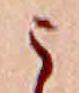
う